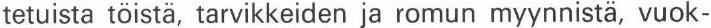
tetuista töistä, tarvikkeiden ja romun myynnistä, vuok-